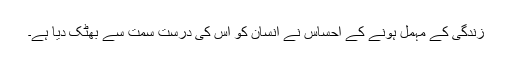
زندگی کے مہمل ہونے کے احساس نے انسان کو اس کی درست سمت سے بھٹک دیا ہے۔